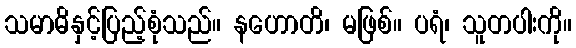
သမာဓိနှင့်ပြည့်စုံသည်။ နဟောတိ၊ မဖြစ်။ ပရံ၊ သူတပါးကို။